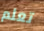
تعلم